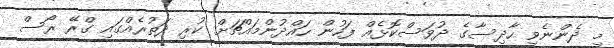
މި ދެންނެވި ހާދިސާގެ ދުވަސްކޮޅެއް ފަހުން ހައްދުންމައްޗަށް ކުރި ދަތުރެއްގައި ގްރޭ ރޯސް